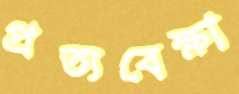
প্রত্যবেক্ষা